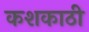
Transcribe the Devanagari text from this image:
कशकाठी